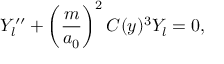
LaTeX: Y _ { l } ^ { \prime \prime } + \left( \frac { m } { a _ { 0 } } \right) ^ { 2 } C ( y ) ^ { 3 } Y _ { l } = 0 ,